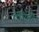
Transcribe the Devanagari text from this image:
एंजिनी